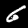
Digit: 6